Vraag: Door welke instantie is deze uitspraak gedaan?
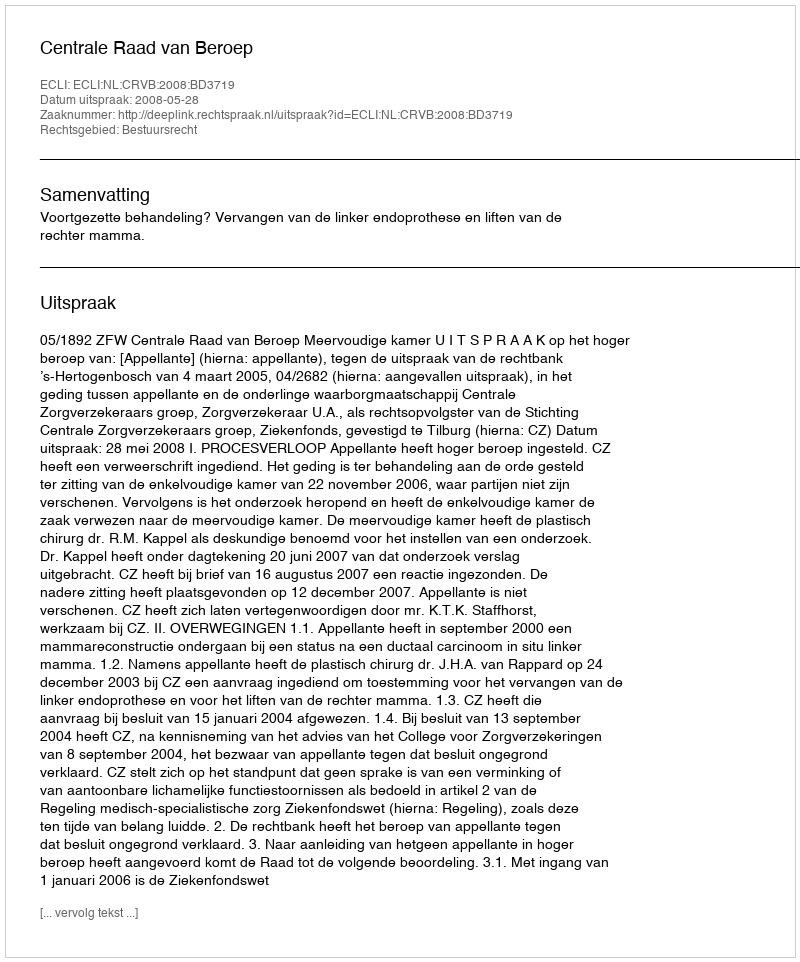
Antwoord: Centrale Raad van Beroep